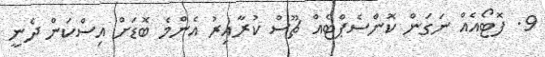
9. ފޮޓޯއެއް ނަގަން ކޮންސެޕްޓެއް ޗޫސް ކުރާއިރު އެންމެ ބޮޑަށް އިސްކަން ދެނީ